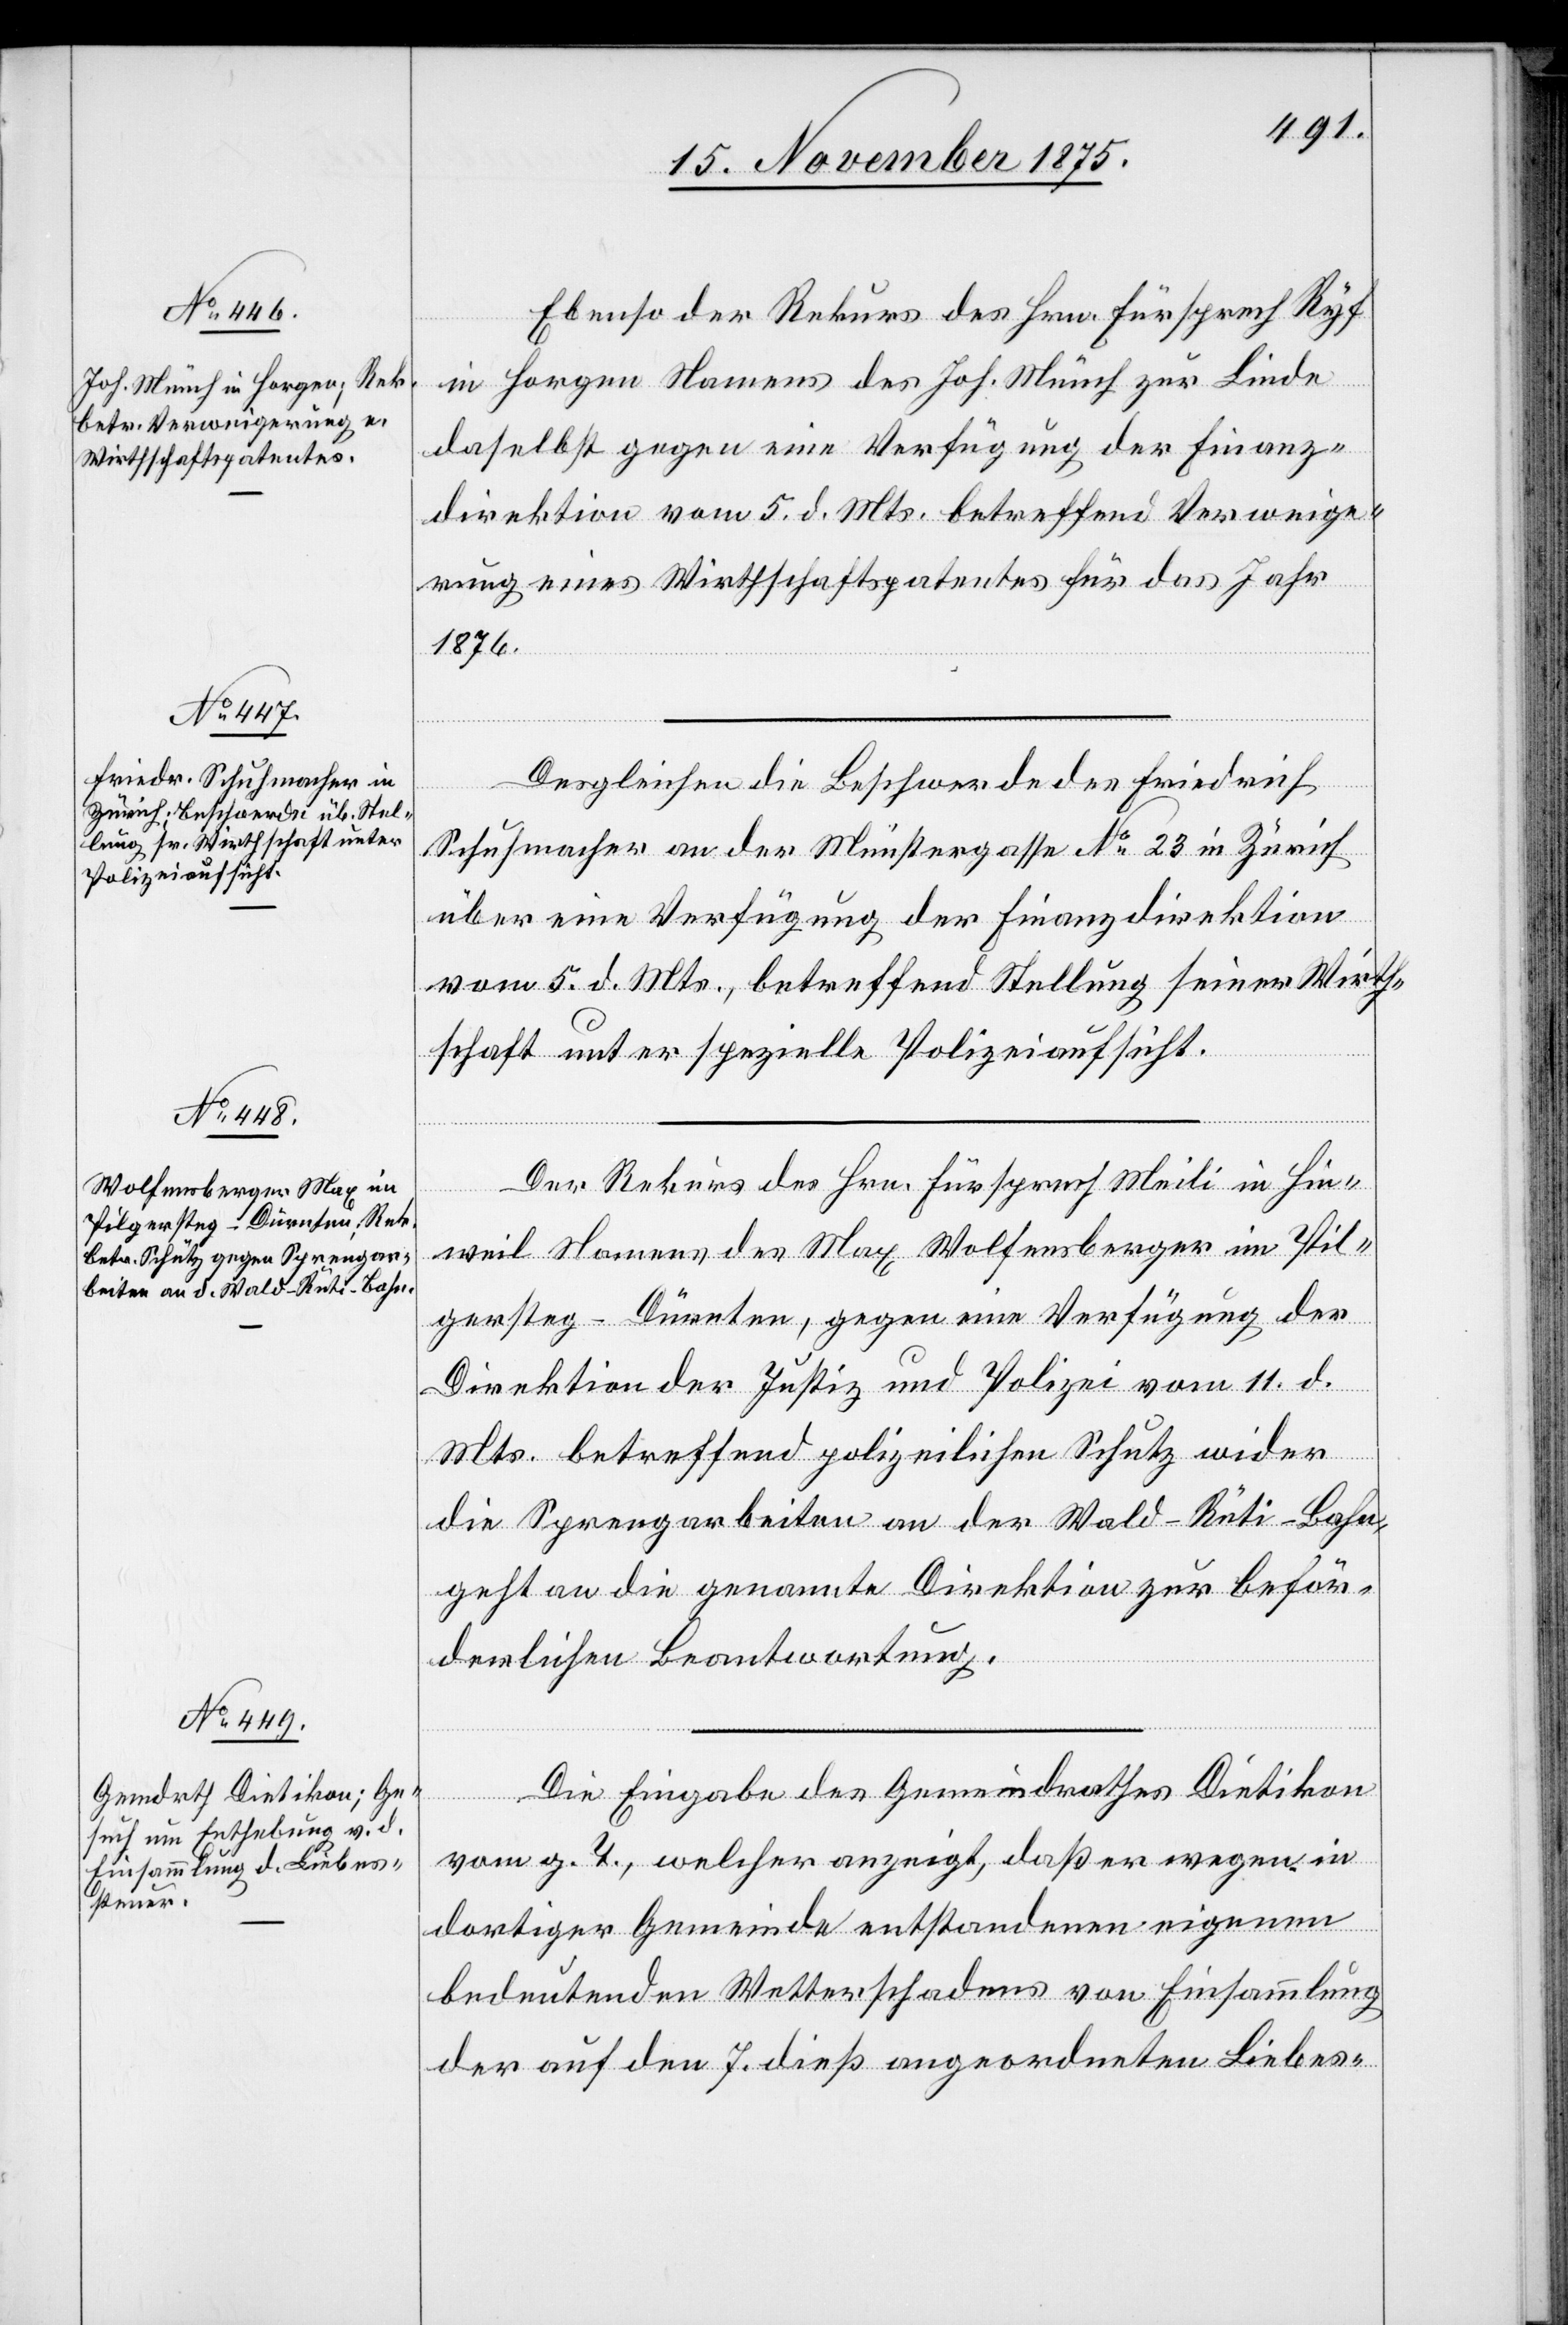
17. November 1875.]
Ebenso der Rekurs des Hrn. Fürsprech Ryf
in Horgen Namens des Joh. Münch zur Linde
daselbst gegen eine Verfügung der Finanz¬
direktion vom 5. d. Mts. betreffend Verweige¬
rung eines Wirthschaftspatentes für das Jahr
1876.
Desgleichen die Beschwerde des Friedrich
Schuhmacher an der Münstergasse No 23 in Zürich
über eine Verfügung der Finanzdirektion
vom 5. d. Mts., betreffend Stellung seiner Wirth¬
schaft unter spezielle Polizeiaufsicht.
Der Rekurs des Hrn. Fürsprech Meili in Hin¬
weil Namens des Max Wolfensberger im Pil¬
gersteg - Dürnten, gegen eine Verfügung der
Direktion der Justiz und Polizei vom 11. d.
Mts. betreffend polizeilichen Schutz wider
die Sprengarbeiten an der Wald–Rüti-Bahn,
geht an die genannte Direktion zur beför¬
derlichen Beantwortung.
Die Eingabe des Gemeindrathes Dietikon
vom g. T., welcher anzeigt, daß er wegen in
dortiger Gemeinde entstandenen eigenen
bedeutenden Wetterschadens von Einsammlung
der auf den 7. dieß angeordneten Liebes-